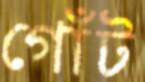
গোঁট